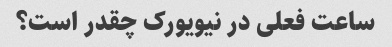
ساعت فعلی در نیویورک چقدر است؟